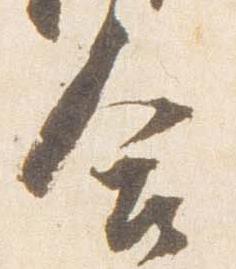
合